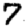
Digit: 7